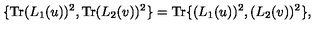
\{ \mathrm { T r } ( L _ { 1 } ( u ) ) ^ { 2 } , \mathrm { T r } ( L _ { 2 } ( v ) ) ^ { 2 } \} = \mathrm { T r } \{ ( L _ { 1 } ( u ) ) ^ { 2 } , ( L _ { 2 } ( v ) ) ^ { 2 } \} ,